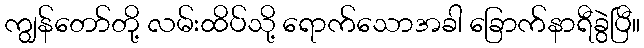
ကျွန်တော်တို့ လမ်းထိပ်သို့ ရောက်သောအခါ ခြောက်နာရီခွဲပြီ။